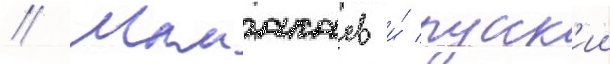
// Мамакаев и́ русск'ии